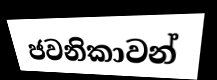
ජවනිකාවන්